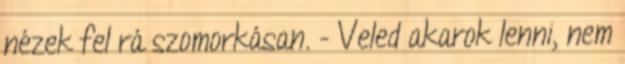
nézek fel rá szomorkásan. - Veled akarok lenni, nem